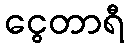
ငွေတာရီ